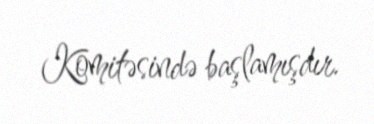
Komitəsində başlamışdır.